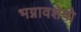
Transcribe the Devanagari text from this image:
भग्नावशेषो